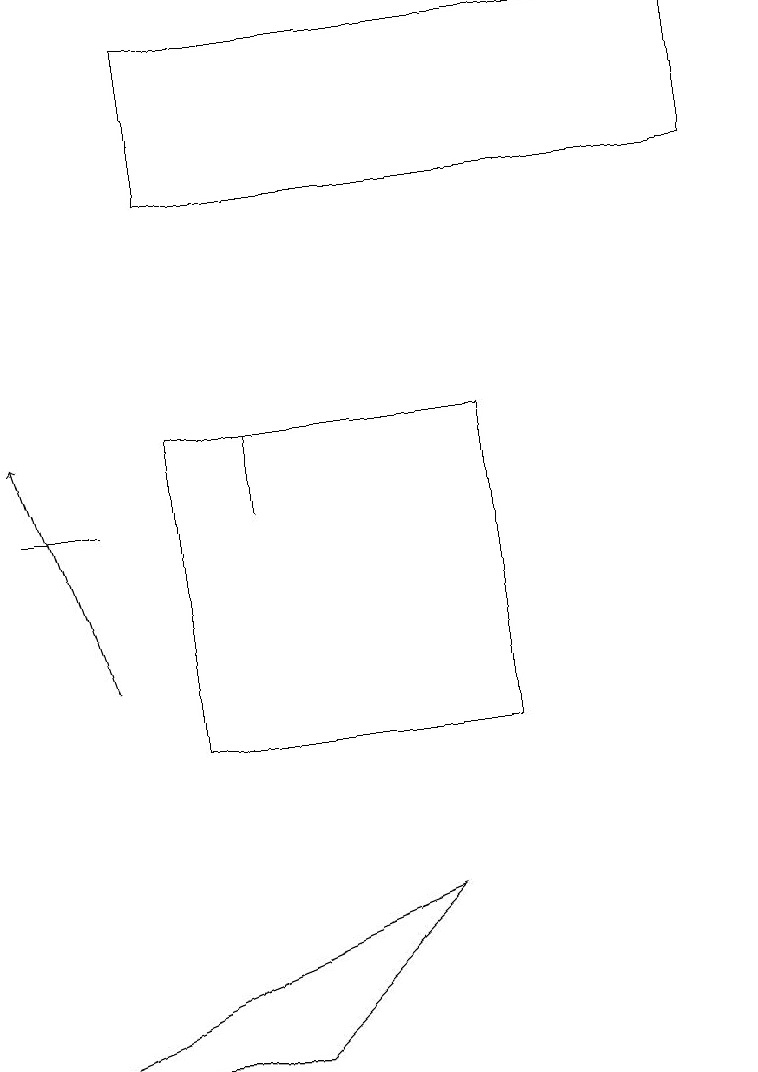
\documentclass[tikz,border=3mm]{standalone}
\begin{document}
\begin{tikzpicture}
\draw (0,13) rectangle (1,13);
\draw (3,6) -- (5,8) -- (0,6) -- cycle;
\draw (9,19) rectangle (2,17);
\draw (2,10) rectangle (6,14);
\draw[->] (1,11) -- (0,14);
\draw (3,13) rectangle (3,14);
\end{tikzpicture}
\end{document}